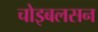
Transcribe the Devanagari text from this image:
चोइबलसन